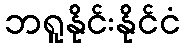
ဘရူနိုင်းနိုင်ငံ